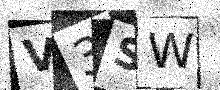
Text: V3SW